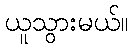
ယူသွားမယ်။